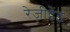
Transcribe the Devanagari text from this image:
रेजीडेंड